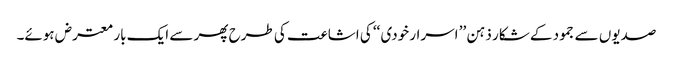
صدیوں سے جمود کے شکار ذہن ’’ اسرار خودی ‘‘ کی اشاعت کی طرح پھر سے ایک بار معترض ہوئے۔